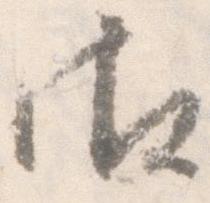
御